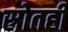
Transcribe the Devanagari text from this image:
स्रोतही